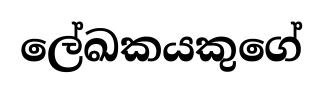
ලේඛකයකුගේ